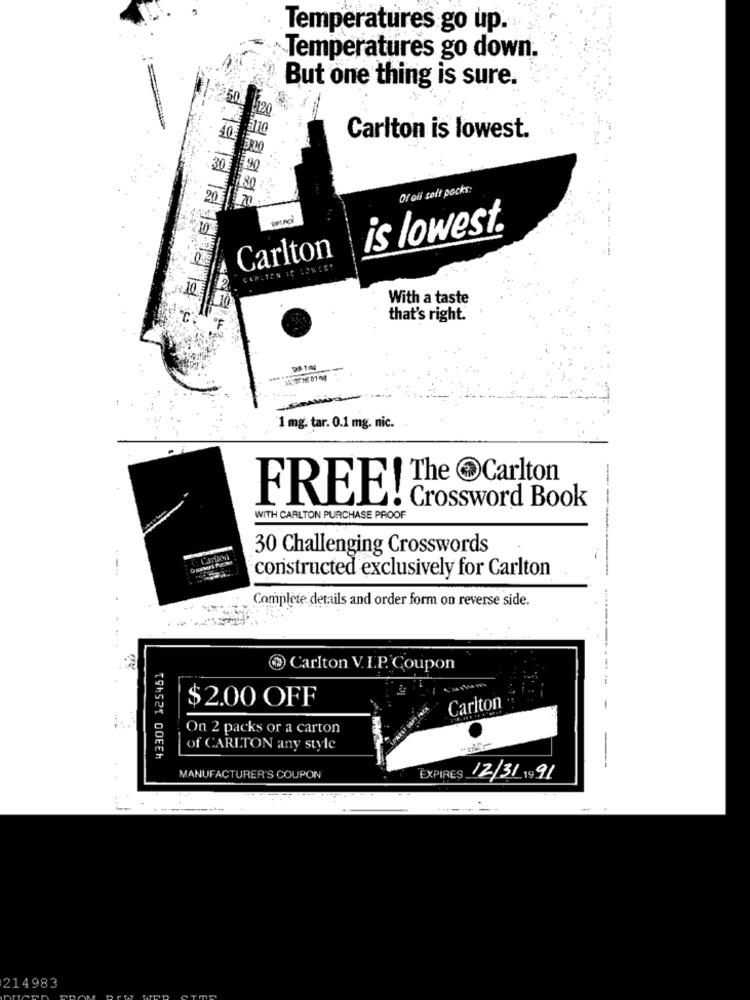
Temperatures go up.
Temperatures go down.
But one thing is sure.
50
Carlton is lowest.
30
180
Of ali soft pocks:
20
is lowest.
HE
Carlton
12
10
5.19 18 18 19 8 1
With a taste
OF
that's right.
1 mg. tar. 0.1 mg. nic.
The @Carlton
FREE!
Crossword Book
WITH CARLTON PURCHASE PROOF
30 Challenging Crosswords
-
constructed exclusively for Carlton
Complète details and order form on reverse side.
43300 125461
Carlton V.I.P. Coupon
--
$2.00 OFF
Carlton
On 2 packs or a carton
of CARLTON any style
MANUFACTURER'S COUPON
EXPIRES 12/31/ 19 91
214983